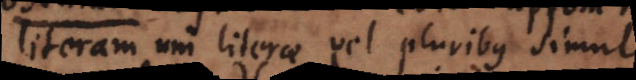
literam uni literae vel pluribus simul